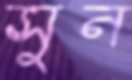
সুন